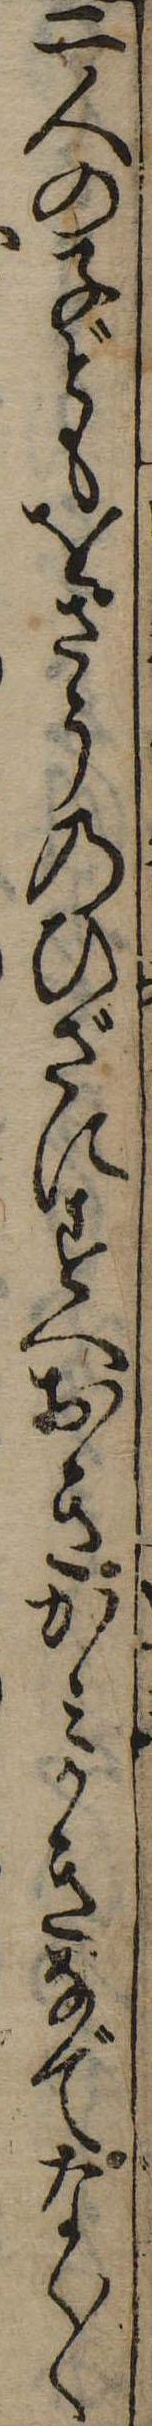
二人の子どもをさうのひざにすへおきかみかきなでなく〱